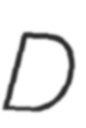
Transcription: D